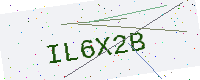
Text: IL6X2B